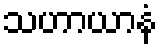
သဟာယာနံ